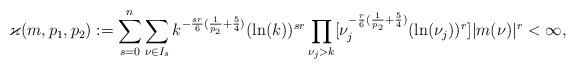
LaTeX: \begin{align*}\varkappa(m,p_1,p_2):=\sum_{s=0}^{n} \sum_{\nu\in I_s}k^{-\frac{sr}{6}(\frac{1}{p_2}+\frac{5}{4})}(\ln(k))^{sr}\prod_{\nu_j>k}[ \nu_j^{-\frac{r}{6}(\frac{1}{p_2}+\frac{5}{4})}(\ln(\nu_j))^{r} ]|m(\nu)|^r<\infty,\end{align*}